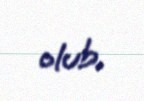
olub.